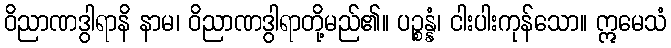
ဝိညာဏဒွါရာနိ နာမ၊ ဝိညာဏဒွါရာတို့မည်၏။ ပဉ္စန္နံ၊ ငါးပါးကုန်သော။ ဣမေသံ